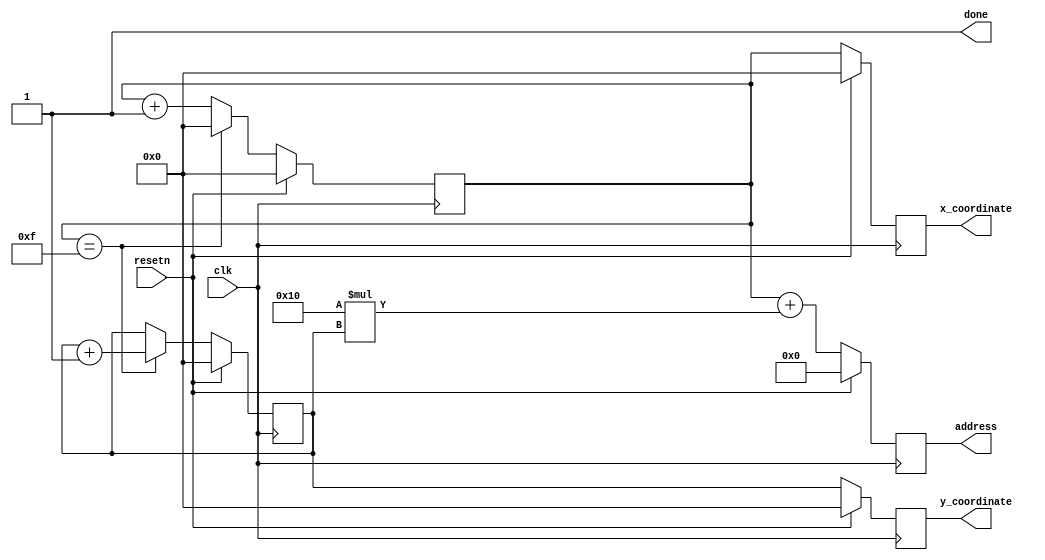
module characterCounter (
    input resetn,
    input wire clk,
    output reg [3:0] x_coordinate,
    output reg [3:0] y_coordinate,
    output reg [7:0] address,
	 output done
);

    reg [3:0] x; // 0 to 15 (4 bits)
    reg [3:0] y; // 0 to 15 (4 bits)
	 assign done = 1;

    always @(posedge clk) begin
        if (resetn) begin
            x_coordinate <= 4'b0000;
            y_coordinate <= 4'b0000;
            address <= 8'b00000000;
            x <= 4'b0000;
            y <= 4'b0000;
//				done <= 1'b0;
        end else begin
            // Calculate the address, x_coordinate, and y_coordinate
            address <= x + 16*y;
            x_coordinate <= x;
            y_coordinate <= y;

            // Increment x and y for the inner loop
            if (x == 15) begin
                x <= 0;
                y <= y + 1;
            end else begin
                x <= x + 1;
            end
        end
//		  done <= 1'b1;
    end
	 
endmodule